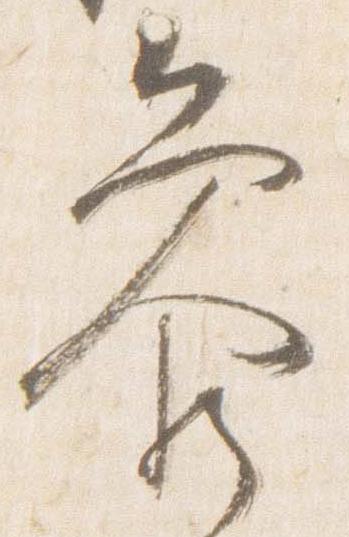
参